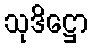
သုဒိဋ္ဌော